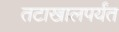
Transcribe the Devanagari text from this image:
तटाखालपर्यंत